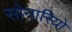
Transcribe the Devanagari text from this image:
सोनारियो